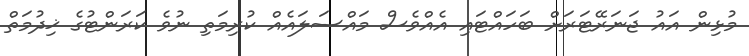
މުޅިން އައު ޖަނަރޭޓަރަށް ބަހައްޓައި އެއްވެސް މައްސަލައެއް ކުރިމަތި ނުވެ ކަރަންޓުގެ ޚިދުމަތް